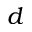
d